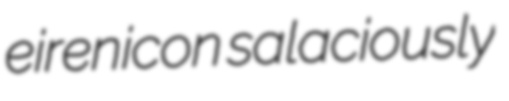
eirenicon salaciously